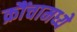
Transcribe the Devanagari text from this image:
क्रौंचामध्ये